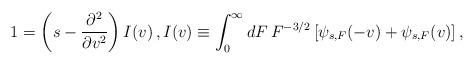
LaTeX: \begin{align*}1= \left(s-{\partial^2\over\partial v^2}\right)I(v)\,,I(v)\equiv\int_0^\infty dF\thinspace F^{-3/2}\left[\psi_{s,F}(-v)+\psi_{s,F}(v)\right],\end{align*}